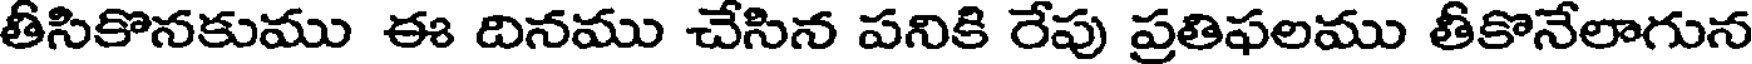
తీసికొనకుము ఈ దినము చేసిన పనికి రేపు ప్రతిఫలము తీకొనేలాగున